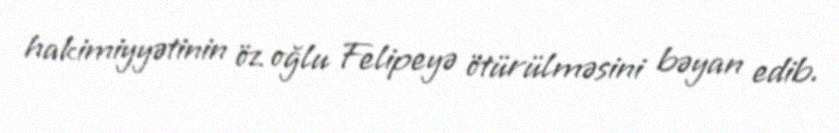
hakimiyyətinin öz oğlu Felipeyə ötürülməsini bəyan edib.